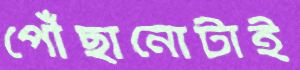
পৌঁছানোটাই